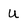
Character: U